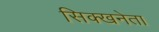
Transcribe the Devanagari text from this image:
सिक्खनेता